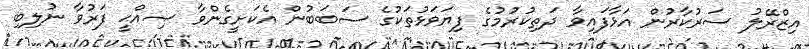
އިޒްރޭލު ސަރުކާރުން އަޅާފައިވާ ދަތިކުރުމުގެ ފިޔަވަޅުތަކުގެ ސަބަބުން އެކަށީގެންވާ ޞިއްޙީ ފަރުވާ ނުލިބި